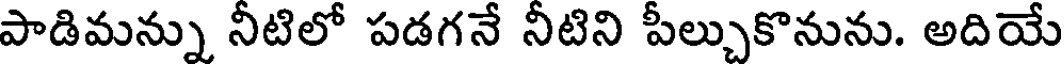
పాడిమన్ను నీటిలో పడగనే నీటిని పీల్చుకొనును. అదియే